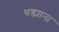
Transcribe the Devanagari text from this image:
धड्याना